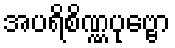
အပရိစိဏ္ဏပုဗ္ဗော